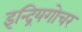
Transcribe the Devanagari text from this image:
इन्द्रियगोचर